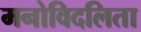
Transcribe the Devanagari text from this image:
मनोविदलिता